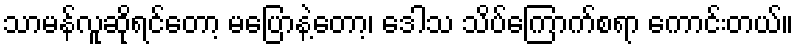
သာမန်လူဆိုရင်တော့ မပြောနဲ့တော့၊ ဒေါသ သိပ်ကြောက်စရာ ကောင်းတယ်။